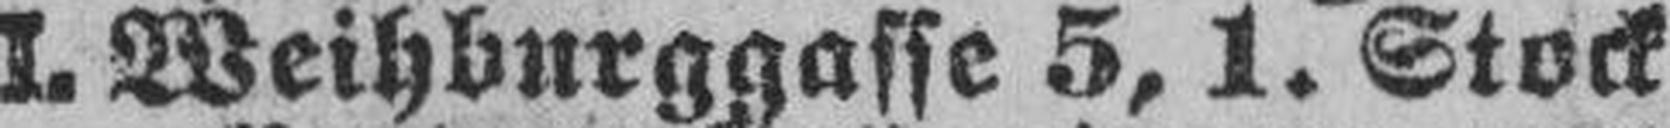
I. Weihburggasse 5, 1. Stock